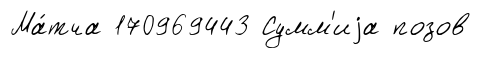
Ма́тча 170969443 Сумм'иjа позов